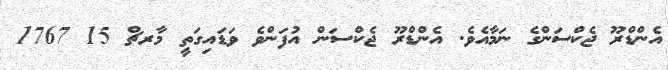
އެންޑްރޫ ޖެކްސަންގެ ނަމާއެވެ. އެންޑްރޫ ޖެކްސަން އުފަންވެ ވަޑައިގަތީ މާރޗް 15 1767